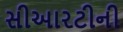
સીઆરટીની